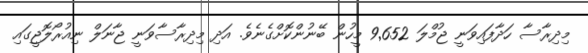
މިިދިރާސާ ހަދާފައިވަނީ ޖުމްލަ 9